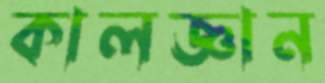
কালজ্ঞান